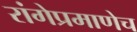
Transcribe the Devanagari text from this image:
रांगेप्रमाणेच